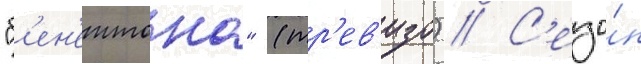
"б'ен'еттона" (тр'ев'изо) // С'езо́н